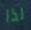
لذا